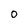
Character: 0